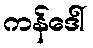
ကန်ဒေါ်